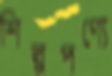
শিল্পপণ্যে